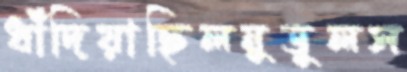
ধাঁদিয়াছিলনুডুলস